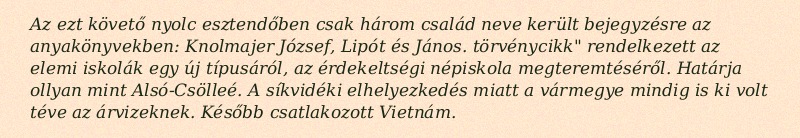
Az ezt követő nyolc esztendőben csak három család neve került bejegyzésre az anyakönyvekben: Knolmajer József, Lipót és János. törvénycikk" rendelkezett az elemi iskolák egy új típusáról, az érdekeltségi népiskola megteremtéséről. Határja ollyan mint Alsó-Csölleé. A síkvidéki elhelyezkedés miatt a vármegye mindig is ki volt téve az árvizeknek. Később csatlakozott Vietnám.